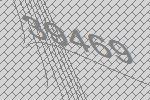
39469